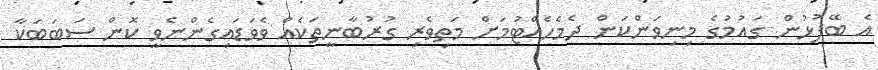
އެ ބޭފުޅުން ގައުމުގެ މިނިވަންކަން ދެމެހެއްޓުމަށް މަތިވެރި ގުރުބާނީތަކެއް ވެވަޑައިގެންނެވީ ކޮން ސަބަބަކާ